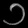
Digit: ၁